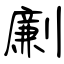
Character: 劆